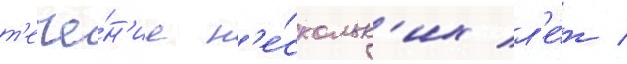
т'ече́н'ие н'е́скольк'их л'е́т /